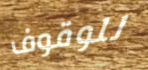
للوقوف